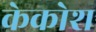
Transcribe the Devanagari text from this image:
केकोश